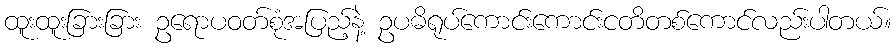
ထူးထူးခြားခြား ဥရောပဝတ်စုံအပြည့်နဲ့ ဥပဓိရုပ်ကောင်းကောင်းငတိတစ်ကောင်လည်းပါတယ်။